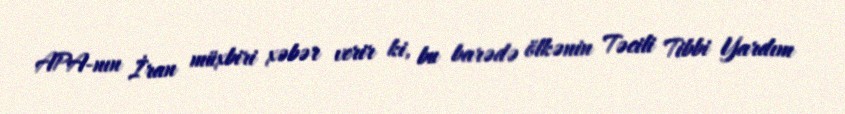
APA-nın İran müxbiri xəbər verir ki, bu barədə ölkənin Təcili Tibbi Yardım